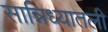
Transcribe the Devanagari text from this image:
सान्निध्यातली